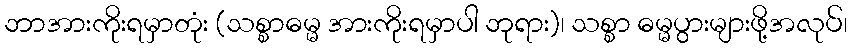
ဘာအားကိုးရမှာတုံး (သစ္စာဓမ္မ အားကိုးရမှာပါ ဘုရား)၊ သစ္စာ ဓမ္မပွားများဖို့အလုပ်၊